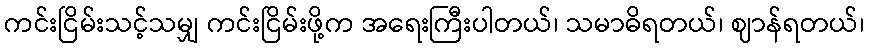
ကင်းငြိမ်းသင့်သမျှ ကင်းငြိမ်းဖို့က အရေးကြီးပါတယ်၊ သမာဓိရတယ်၊ ဈာန်ရတယ်၊